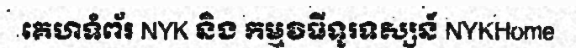
គេហទំព័រ NYK និង កម្មវិធីទូរទស្សន៍ NYKHome